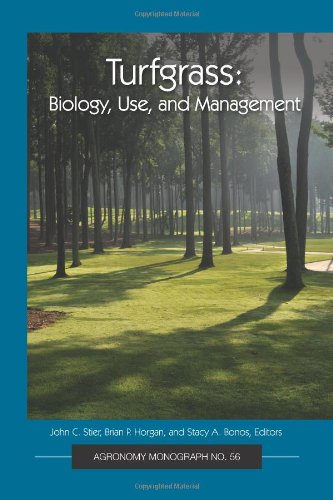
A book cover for Turfgrass: Biology, Use, and Management (Agronomy Monograph); John C. Stier; Science & Math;